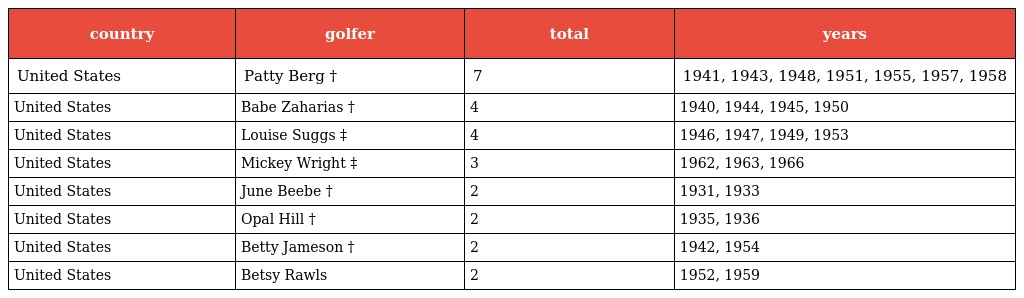
| country | golfer | total | years |
 | --- | --- | --- | --- |
 | United States | Patty Berg † | 7 | 1941, 1943, 1948, 1951, 1955, 1957, 1958 |
 | United States | Babe Zaharias † | 4 | 1940, 1944, 1945, 1950 |
 | United States | Louise Suggs ‡ | 4 | 1946, 1947, 1949, 1953 |
 | United States | Mickey Wright ‡ | 3 | 1962, 1963, 1966 |
 | United States | June Beebe † | 2 | 1931, 1933 |
 | United States | Opal Hill † | 2 | 1935, 1936 |
 | United States | Betty Jameson † | 2 | 1942, 1954 |
 | United States | Betsy Rawls | 2 | 1952, 1959 |